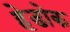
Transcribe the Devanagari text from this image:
हेडोक